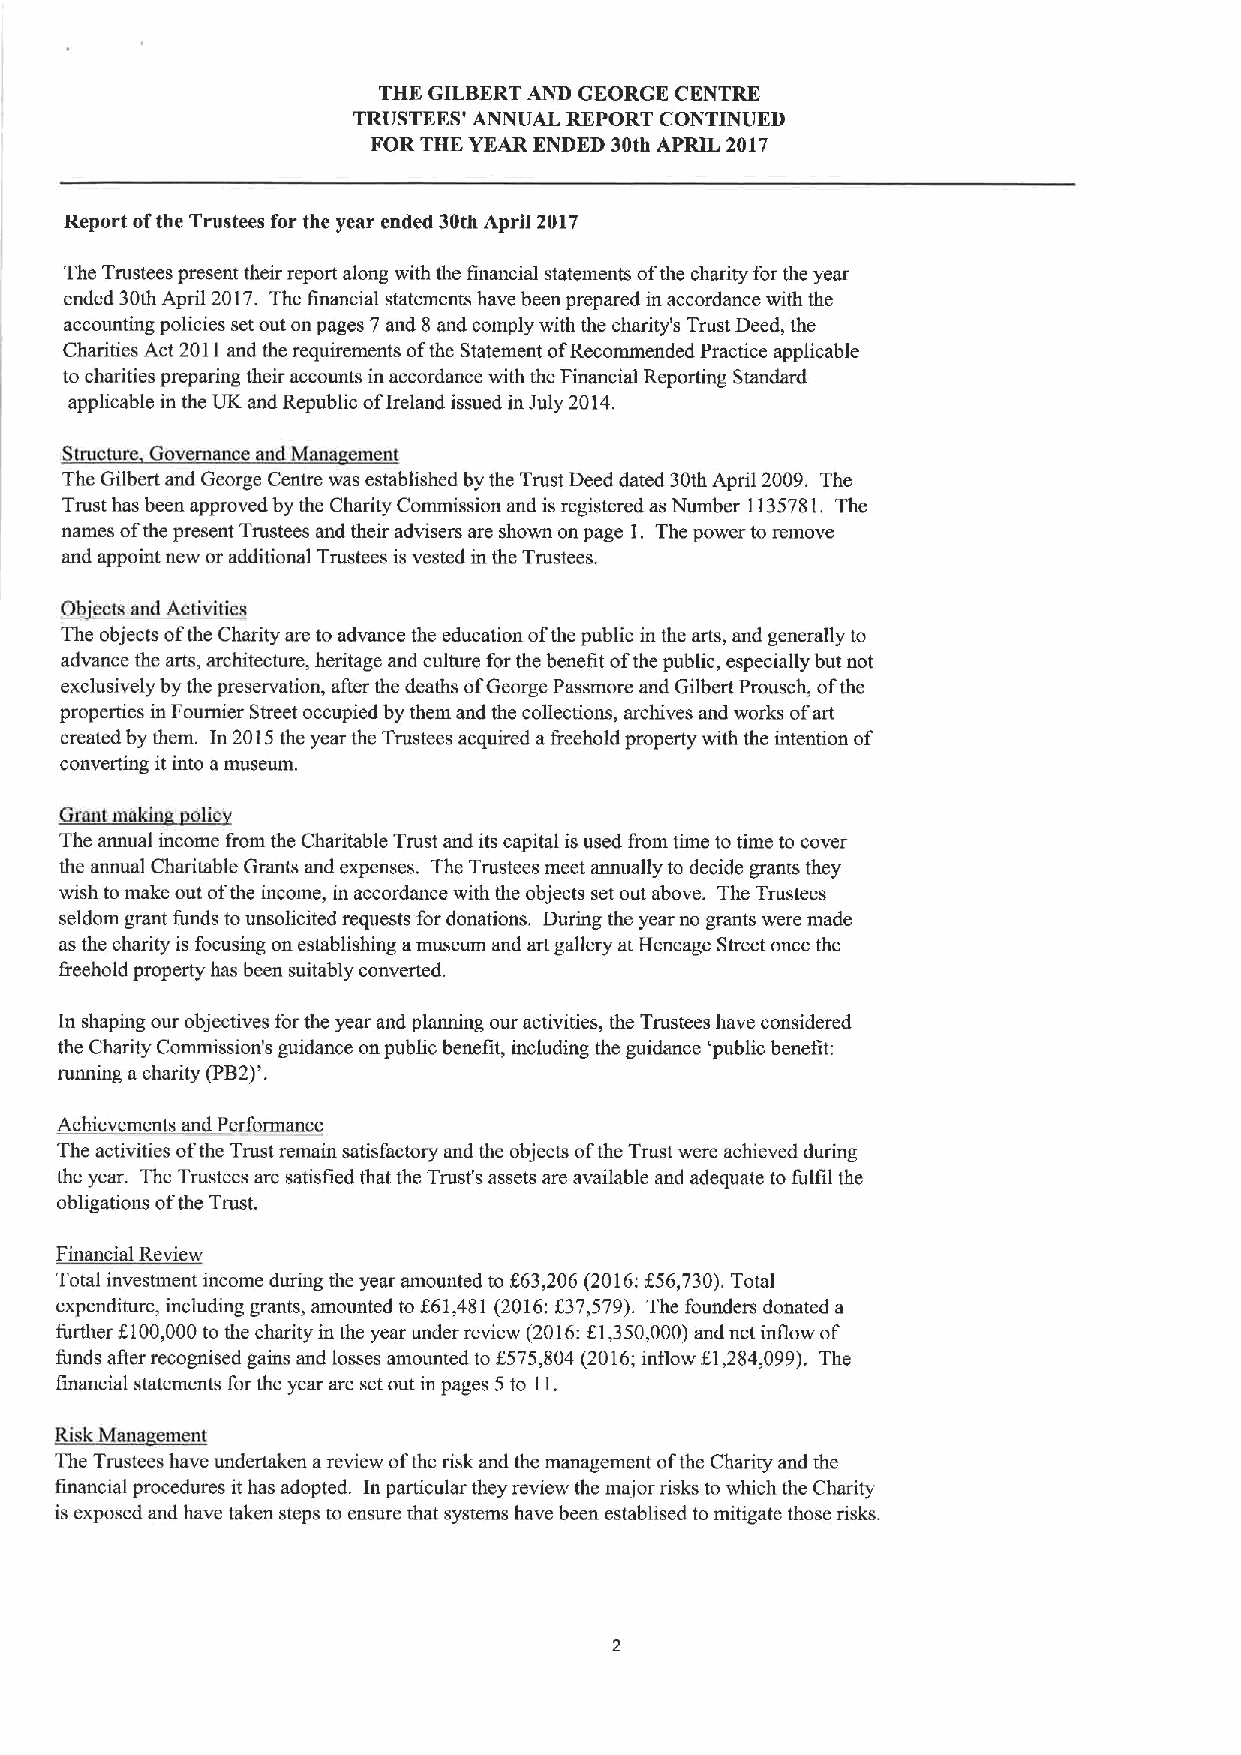
THK GILBERTAND GEORGE CENTRE
 TRUSTEES' ANNUAL REPORT CONTINUED
 FOR THE YEAR ENDED 30th APRIL 2017
 Report ofthe Trustees for the year ended 30th April 2017
 The Trustees present their report along with the financial statements ofthe charity for the year
 ended 30th April 2017. The financial statements have been prepared in accordance with the
 accounting policies set out on pages 7and 8 and comply with the charity's Trust Deed, the
 Charities Act 2011and the requirements ofthe Statement ofRecommended Practice applicable
 to charities preparing their accounts in accordance with the Financial Reporting Standard
 applicable in the UK and Republic ofIreland issued in July 2014.
 Structu Gove ance dhlana ement
 The Gilbert and George Centre was established by the Trust Deed dated 30th April 2009. The
 Trust has been approved by the Charity Commission and is registered as Number 1135781.The
 names ofthe present Trustees and their advisers are shown on page 1. The power to remove
 and appoint new or additional Trustees is vested in the Trustees.
 ~
 A
 ~D~~b'
 The objects ofthe Charity are to advance the education ofthe public in the arts, and generally to
 advance the arts, architecture, heritage and culture for the benefit ofthe public, especially but not
 exclusively by the preservation, after the deaths ofGeorge Passmore and Gilbert Prousch, ofthe
 properties in Foumier Street occupied by them and the collections, archives and works ofart
 created by them. In 2015the year the Trustees acquired afreehold property with the intention of
 converting itinto amuseum.
 t~
 ~~vGt
 The annual income from the Charitable Trust and its capital is used from time to time to cover
 the annual Charitable Grants and expenses. The Trustees meet annually to decide grants they
 wish to make out ofthe income, in accordance with the objects set out above. The Trustees
 seldom grant funds tounsolicited requests for donations. During the year no grants were made
 as the charity is focusing on establishing amuseum and art gallery at Heneage Street once the
 freehold property has been suitably converted.
 In shaping our objectives forthe year and planning our activities, the Trustees have considered
 the Charity Commission's guidance on public benefit, including the guidance 'public benefit:
 running acharity H B2)'.
 Achievements and Performance
 The activities ofthe Trust remain satisfactory and the objects ofthe Trust were achieved during
 the year. The Trustees are satisfied that the Trust's assets are available and adequate to fulfil the
 obligations ofthe Trust.
 Financial Review
 Total investment income during the year amounted to f63,206 (2016:f56,730).Total
 expenditure, including grants, amounted to $61,481 (2016:f37,579). The founders donated a
 further 0100,000to the charity in the year under review (2016:81,350,000)and net inflow of
 funds afler recognised gains and losses amounted to 6575,804 (2016;inflow g1,284,099). The
 financial statements for the year are set out in pages 5to 11.
 ~IM
 The Trustees have undertaken areview ofthe risk and the management ofthe Charity and the
 financial procedures ithas adopted. In particular they review the major risks to which the Charity
 is exposed and have taken steps to ensure that systems have been establised to mitigate those risks.